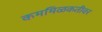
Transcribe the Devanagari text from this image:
कममिळकतीवर